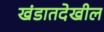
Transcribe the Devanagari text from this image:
खंडातदेखील